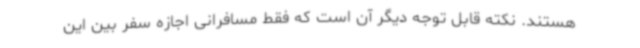
هستند. نکته قابل توجه دیگر آن است که فقط مسافرانی اجازه سفر بین این